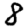
Digit: 8